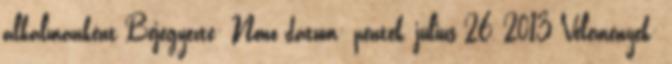
alkalmanként Bejegyezte: Nono dátum: péntek, július 26, 2013 Vélemények: